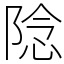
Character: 䧔